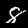
Label: 8